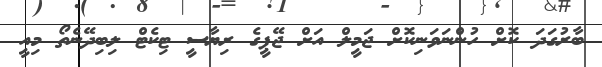
ބާރުގަދަ ކޮށް ހުންނަވަނިކޮށް ޖަމީލް އަށް ޖޭޕީގެ ރިޔާސީ ޓިކެޓް ލިބިދޭނެތޯ މިއީ